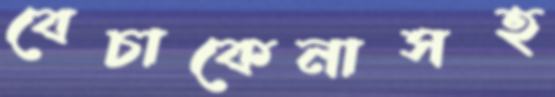
বেচাকেনাসহ